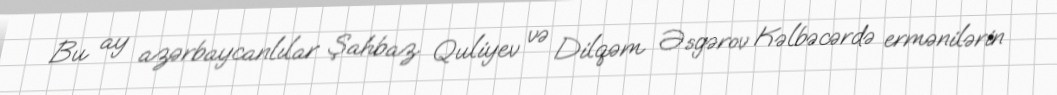
Bu ay azərbaycanlılar Şahbaz Quliyev və Dilqəm Əsgərov Kəlbəcərdə ermənilərin